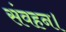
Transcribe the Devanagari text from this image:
संवहन।